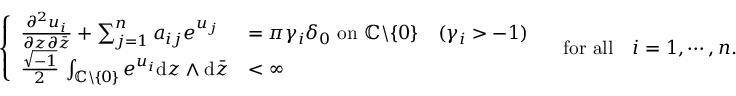
\left\{ \begin{array} { l l } { \frac { \partial ^ { 2 } u _ { i } } { \partial z \partial \bar { z } } + \sum _ { j = 1 } ^ { n } a _ { i j } e ^ { u _ { j } } } & { = \pi \gamma _ { i } \delta _ { 0 } \, \, \mathrm { o n } \, \, { \mathbb C } \backslash \{ 0 \} \quad ( \gamma _ { i } > - 1 ) } \\ { \frac { \sqrt { - 1 } } { 2 } \, \int _ { { \mathbb C } \backslash \{ 0 \} } e ^ { u _ { i } } \mathrm { d } z \wedge \mathrm { d } \bar { z } } & { < \infty } \end{array} \right. \quad \mathrm { f o r ~ a l l } \quad i = 1 , \cdots , n .